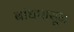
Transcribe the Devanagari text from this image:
बांधपासून